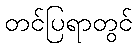
တင်ပြရာတွင်